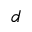
d